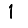
Digit: 1